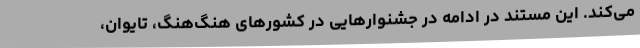
می‌کند. این مستند در ادامه در جشنوارهایی در کشورهای هنگ‌هنگ، تایوان،